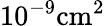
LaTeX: \mathrm{10^{-9}cm^{2}}